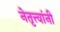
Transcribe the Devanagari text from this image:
नेतृत्त्वांनी